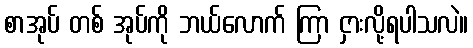
စာအုပ် တစ် အုပ်ကို ဘယ်လောက် ကြာ ငှားလို့ရပါသလဲ။